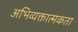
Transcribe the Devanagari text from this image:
अभिव्यक्तात्मकता